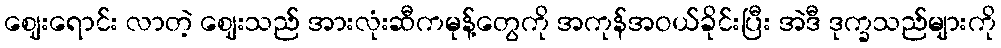
ဈေးရောင်း လာတဲ့ ဈေးသည် အားလုံးဆီကမုန့်တွေကို အကုန်အဝယ်ခိုင်းပြီး အဲဒီ ဒုက္ခသည်များကို